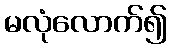
မလုံလောက်၍